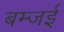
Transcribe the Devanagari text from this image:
बम्जई